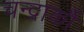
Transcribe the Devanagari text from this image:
चन्द्रार्कौ